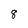
Character: 8